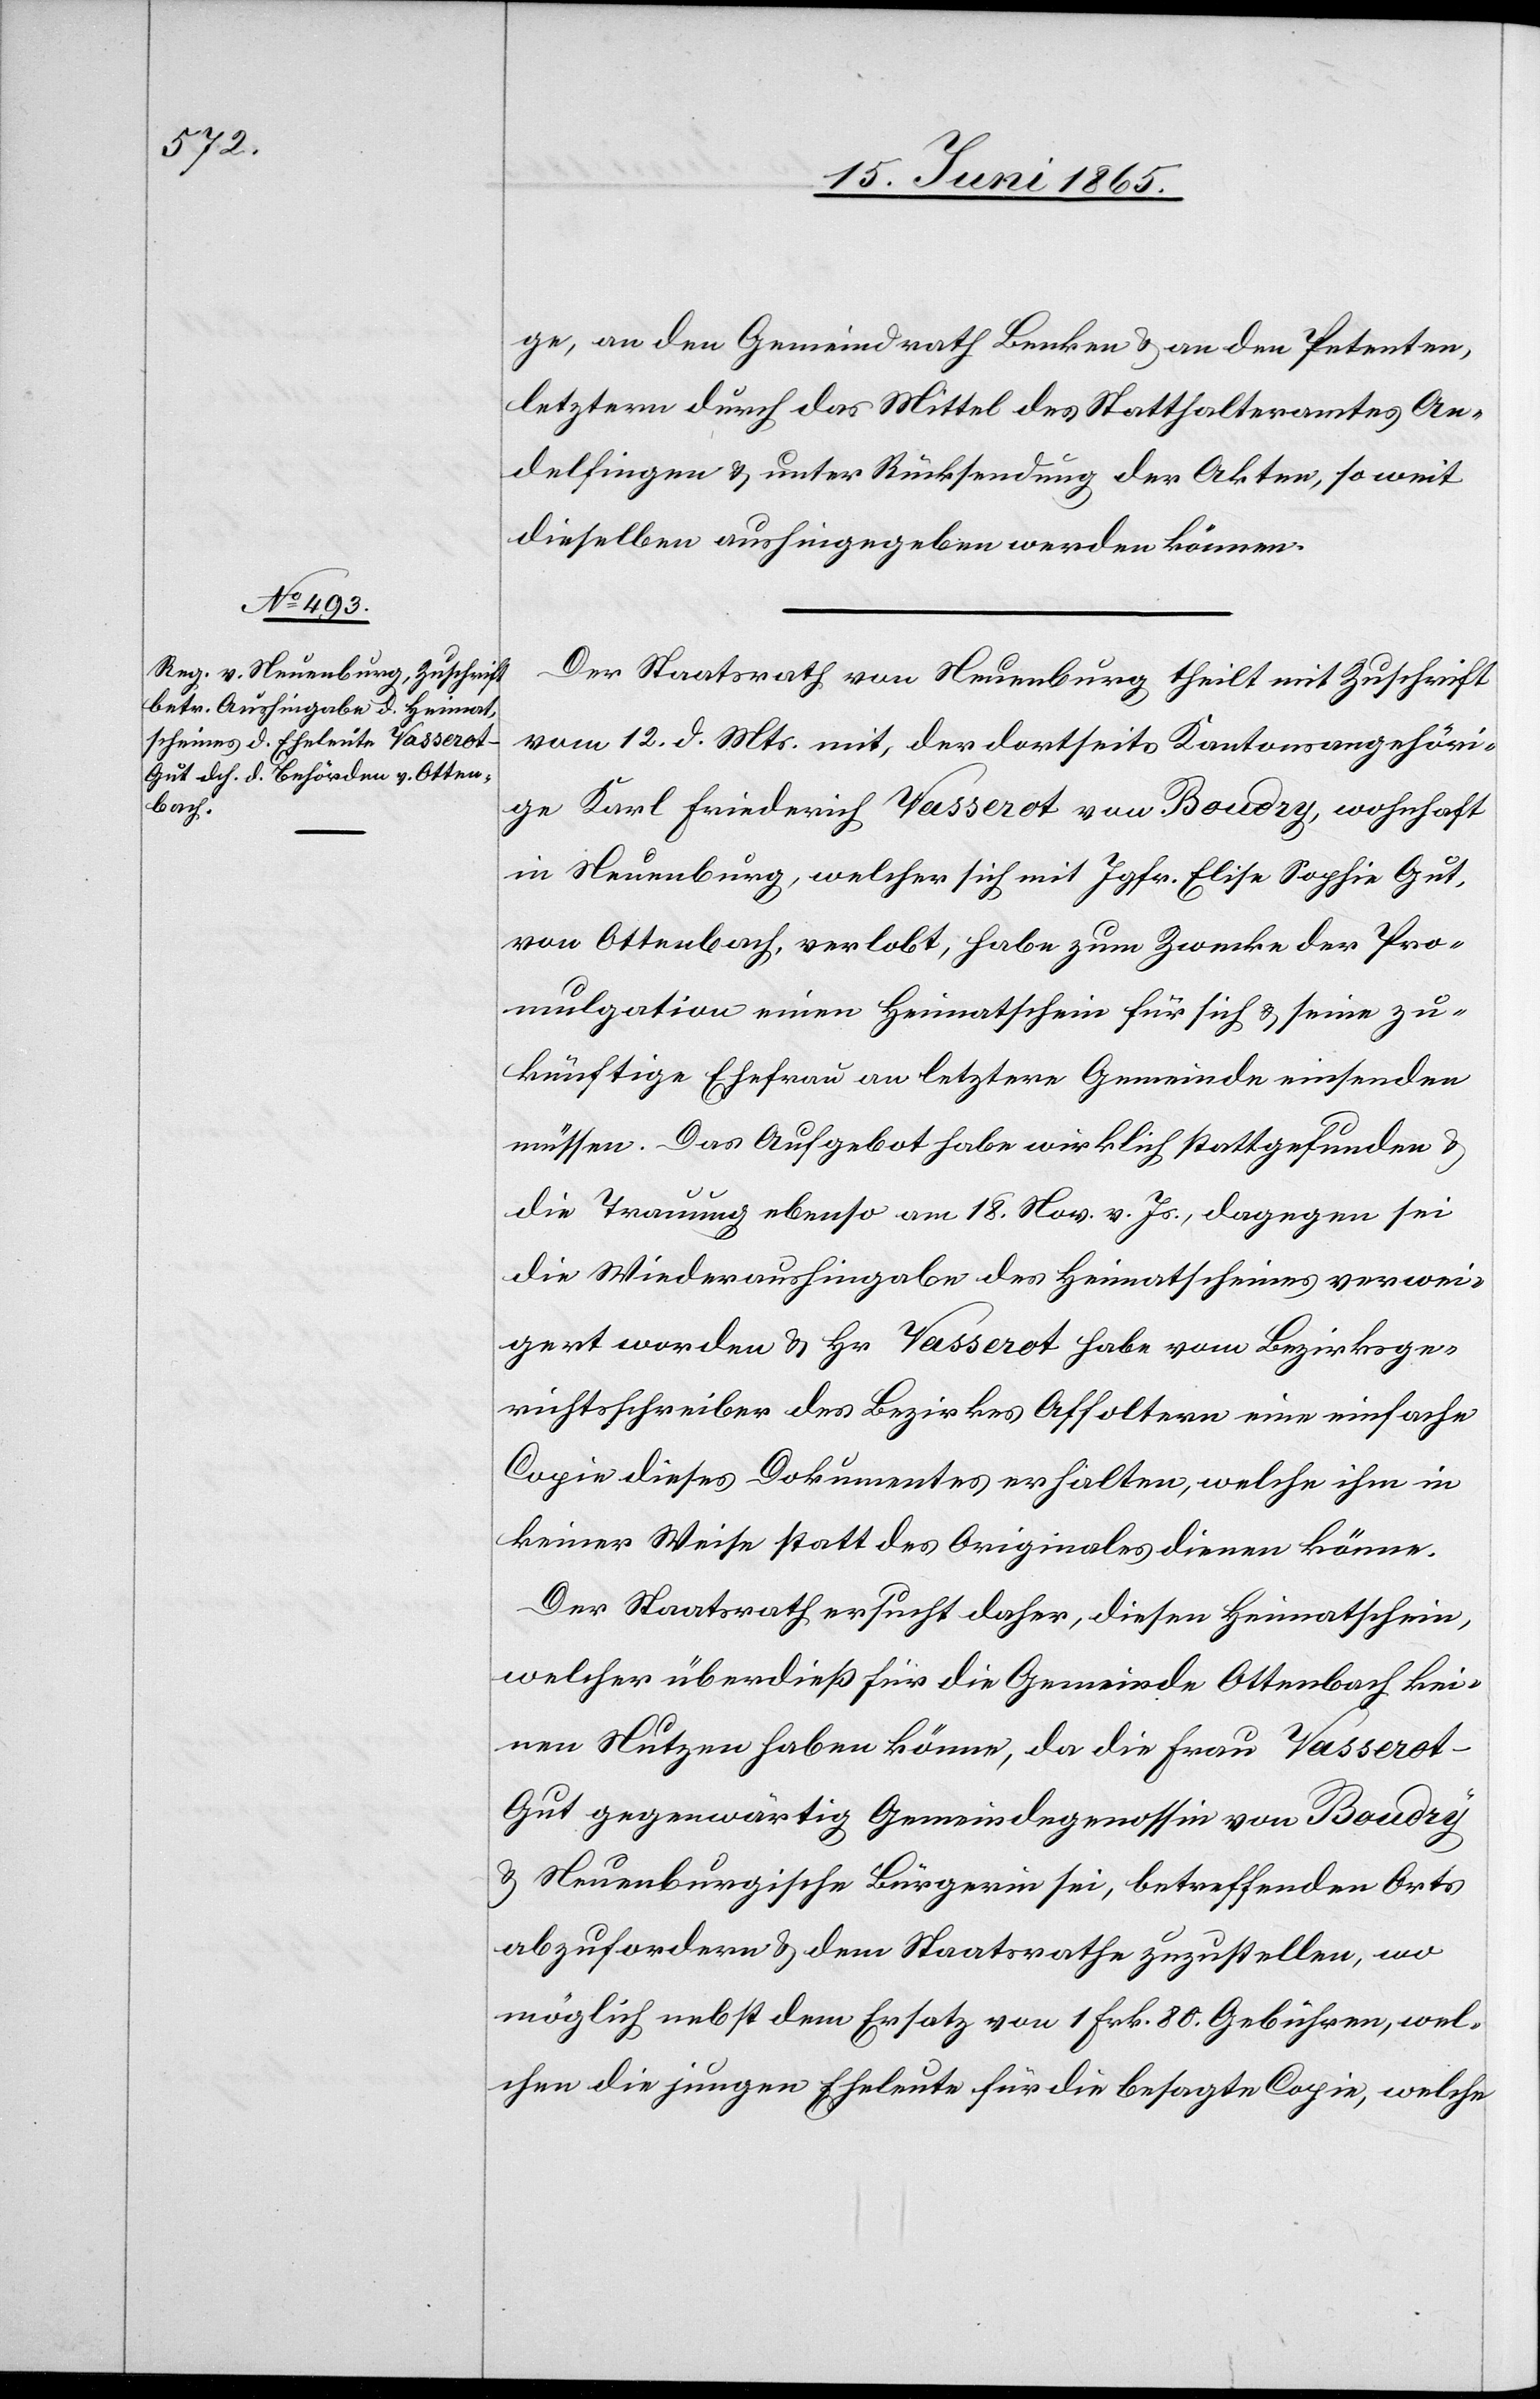
ge, an den Gemeindrath Benken & an den Petenten,
letzterm durch das Mittel des Statthalteramtes An¬
delfingen & unter Rücksendung der Akten, so weit
dieselben aushingegeben werden können.
Der Staatsrath von Neuenburg theilt mit Zuschrift
vom 12. d. Mts. mit, der dortseits Kantonsangehöri¬
ge Karl Friederich Vasserot von Boudry, wohnhaft
in Neuenburg, welcher sich mit Jgfr. Elise Sophie Gut,
von Ottenbach, verlobt, habe zum Zwecke der Pro¬
mulgation einen Heimatschein für sich & seine zu¬
künftige Ehefrau an letztere Gemeinde einsenden
müssen. Das Aufgebot habe wirklich stattgefunden &
die Trauung ebenso am 18. Nov. v. Js., dagegen sei
die Wiederaushingabe des Heimatscheines verwei¬
gert worden & Hr. Vasserot habe vom Bezirksge¬
richtsschreiber des Bezirkes Affoltern eine einfache
Copie dieses Dokumentes erhalten, welche ihm in
keiner Weise statt des Originales dienen könne.
Der Staatsrath ersucht daher, diesen Heimatschein,
welcher überdieß für die Gemeinde Ottenbach kei¬
nen Nutzen haben könne, da die Frau Vasserot-G¬
ut gegenwärtig Gemeindegenossin von Boudry
& Neuenburgische Bürgerin sei, betreffenden Orts
abzufordern & dem Staatsrathe zuzustellen, wo
möglich nebst dem Ersatz von 1 Frk. 80. Gebühren, wel¬
chen die jungen Eheleute für die besagte Copie, welche